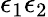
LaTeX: \epsilon_{1}\epsilon_{2}